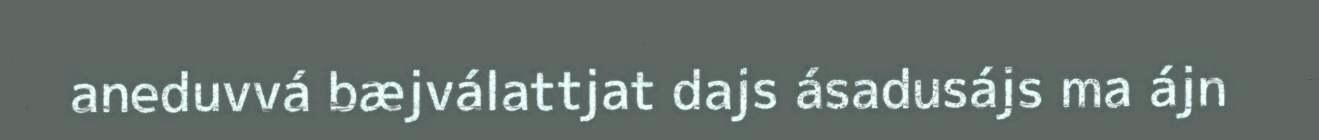
aneduvvá bæjválattjat dajs ásadusájs ma ájn